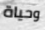
وحياة